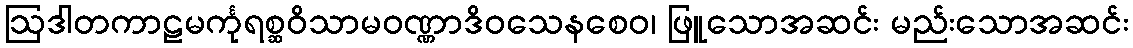
ဩဒါတကာဠမင်္ကုရစ္ဆဝိသာမဝဏ္ဏာဒိဝသေနစေဝ၊ ဖြူသောအဆင်း မည်းသောအဆင်း